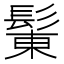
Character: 𩭩